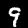
Digit: 9